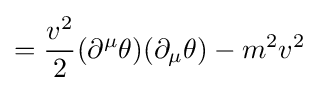
={\frac {v^{2}}{2}}(\partial ^{\mu }\theta )(\partial _{\mu }\theta )-m^{2}v^{2}~